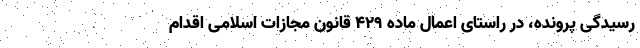
رسیدگی پرونده، در راستای اعمال ماده ۴۲۹ قانون مجازات اسلامی اقدام